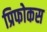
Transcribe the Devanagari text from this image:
प्रिफोकस